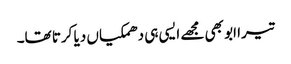
تیرا ابو بھی مجھے ایسی ہی دھمکیاں دیا کرتا تھا۔